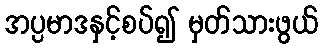
အပ္ပမာဒနှင့်စပ်၍ မှတ်သားဖွယ်